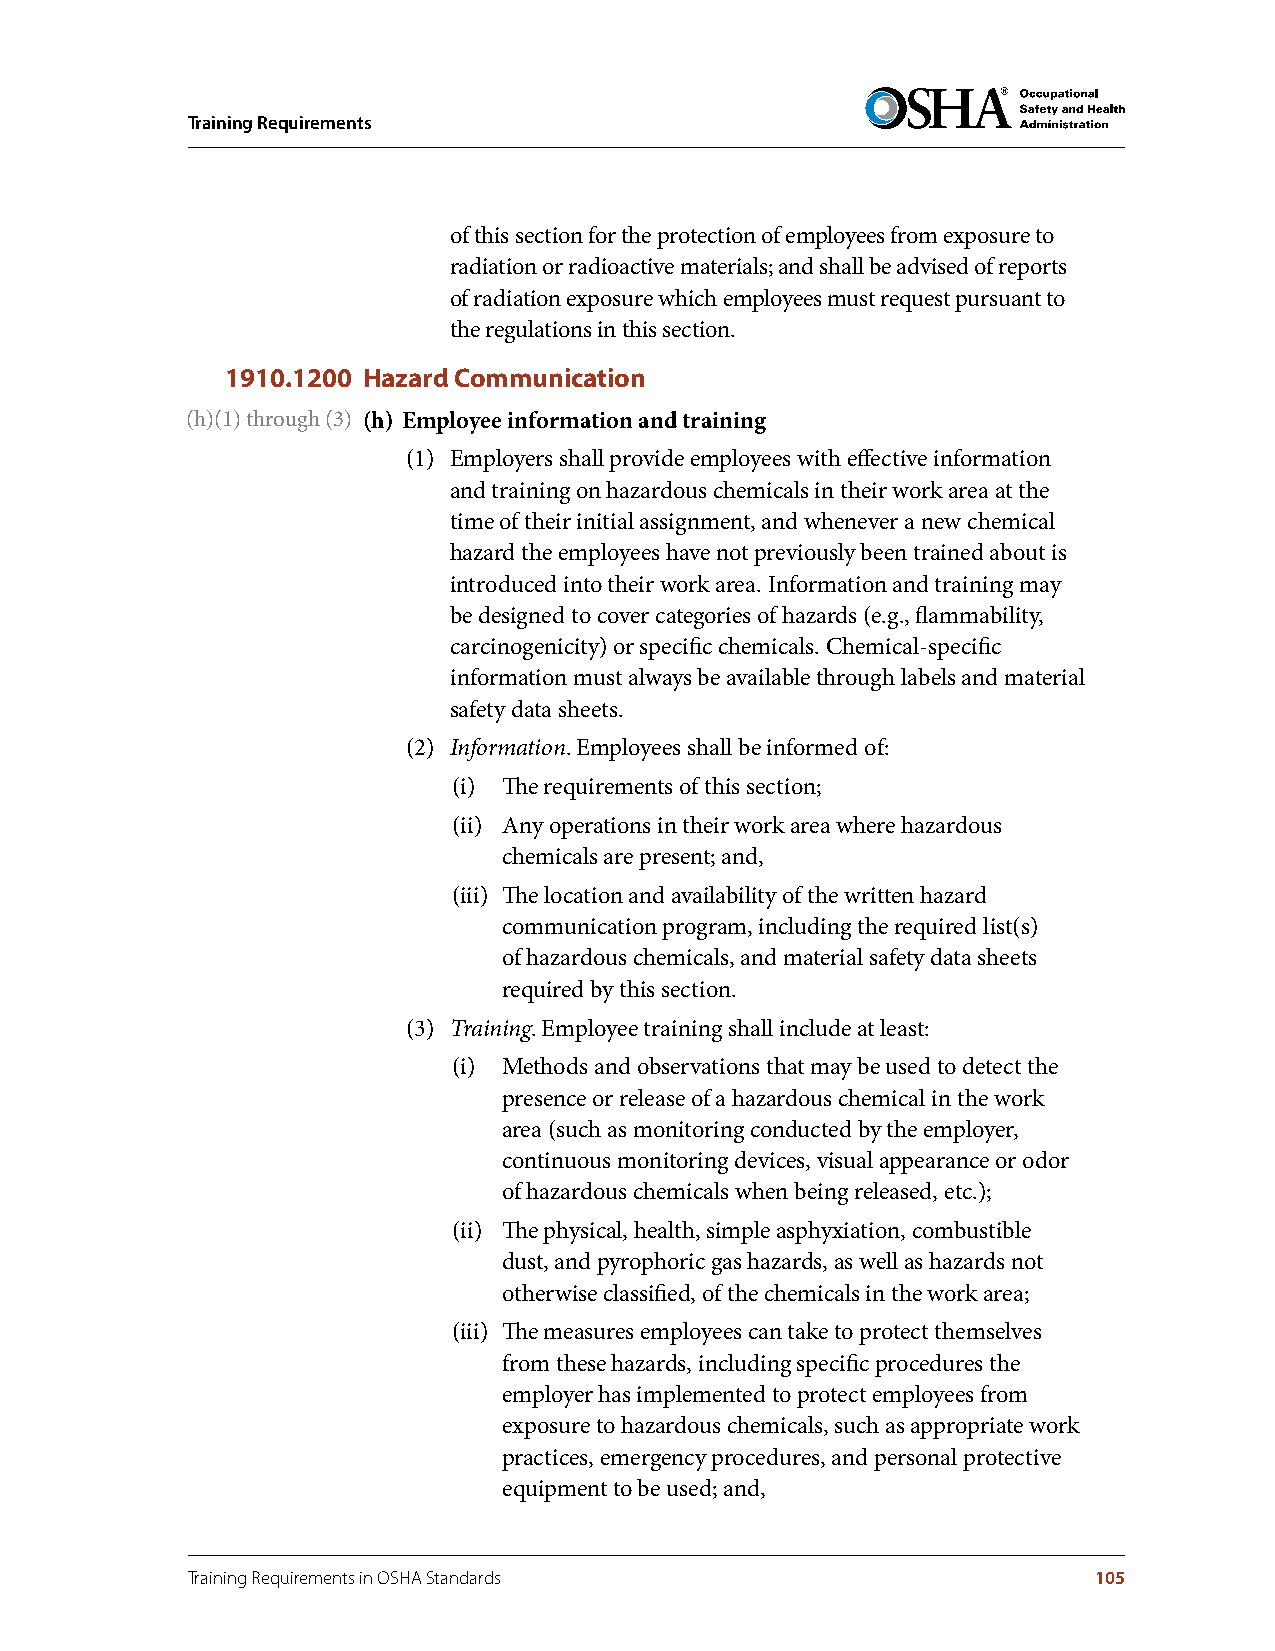
Training Requirements
 of this section for the protection of employees from exposure to
 radiation or radioactive materials; and shall be advised of reports
 of radiation exposure which employees must request pursuant to
 the regulations in this section.
 1910.1200 Hazard Communication
 (h)(1) through (3) (h) Employee information and training
 (1) Employers shall provide employees with effective information
 and training on hazardous chemicals in their work area at the
 time of their initial assignment, and whenever a new chemical
 hazard the employees have not previously been trained about is
 introduced into their work area. Information and training may
 be designed to cover categories of hazards (e.g., flammability,
 carcinogenicity) or specific chemicals. Chemical-specific
 information must always be available through labels and material
 safety data sheets.
 (2) Information. Employees shall be informed of:
 (i) The requirements of this section;
 (ii) Any operations in their work area where hazardous
 chemicals are present; and,
 (iii) The location and availability of the written hazard
 communication program, including the required list(s)
 of hazardous chemicals, and material safety data sheets
 required by this section.
 (3) Training. Employee training shall include at least:
 (i) Methods and observations that may be used to detect the
 presence or release of a hazardous chemical in the work
 area (such as monitoring conducted by the employer,
 continuous monitoring devices, visual appearance or odor
 of hazardous chemicals when being released, etc.);
 (ii) The physical, health, simple asphyxiation, combustible
 dust, and pyrophoric gas hazards, as well as hazards not
 otherwise classified, of the chemicals in the work area;
 (iii) The measures employees can take to protect themselves
 from these hazards, including specific procedures the
 employer has implemented to protect employees from
 exposure to hazardous chemicals, such as appropriate work
 practices, emergency procedures, and personal protective
 equipment to be used; and,
 Training Requirements in OSHA Standards                     105